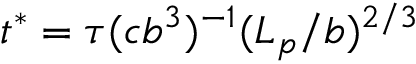
t ^ { * } = \tau ( c b ^ { 3 } ) ^ { - 1 } ( L _ { p } / b ) ^ { 2 / 3 }